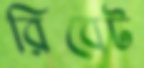
রিবেট